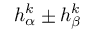
h _ { \alpha } ^ { k } \pm h _ { \beta } ^ { k }